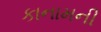
કાનામની